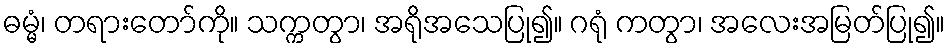
ဓမ္မံ၊ တရားတော်ကို။ သက္ကတွာ၊ အရိုအသေပြု၍။ ဂရုံ ကတွာ၊ အလေးအမြတ်ပြု၍။